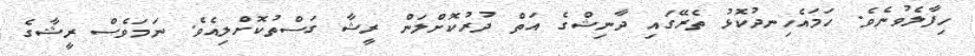
ހިފާލެވުނެވެ. ހަމައެހިނދުކޮޅު ތެރޭގައި ދާނިޝްގެ އަތް ދުރުކޮށްލަންް ރީޝާ ގަސްތުކޮށްލިއެވެެ. ނަމަވެސް ރީޝާގެ